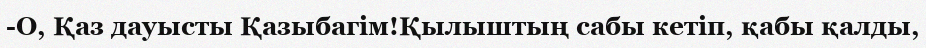
-О, Қаз дауысты Қазыбагім!Қылыштың сабы кетіп, қабы қалды,